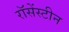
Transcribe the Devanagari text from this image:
रॉसेंस्टीन